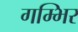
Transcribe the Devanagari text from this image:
गम्भिर